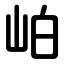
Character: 岶